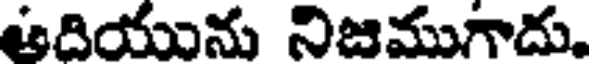
ఆదియును నిజముగాదు.